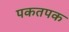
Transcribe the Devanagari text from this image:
पकतपक